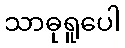
သာဓုရူပေါ